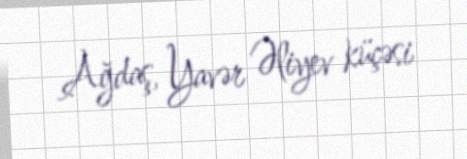
Ağdaş, Yavər Əliyev küçəsi